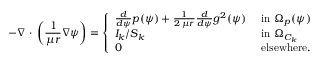
- \nabla \, \cdot \, \left( \frac { 1 } { \mu r } \nabla \psi \right) = \left\{ \begin{array} { l l } { \frac { d } { d \psi } p ( \psi ) + \frac { 1 } { 2 \, \mu r } \frac { d } { d \psi } g ^ { 2 } ( \psi ) } & { \mathrm { ~ i n ~ } \Omega _ { p } ( \psi ) } \\ { I _ { k } / S _ { k } } & { \mathrm { ~ i n ~ } \Omega _ { C _ { k } } } \\ { 0 } & { \mathrm { ~ e l s e w h e r e . ~ } } \end{array} \right.